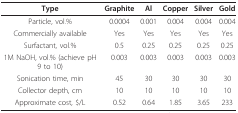
| Type | Graphite | Al | Copper | Silver | Gold |
 | --- | --- | --- | --- | --- | --- |
 | Particle, vol.% | 0.0004 | 0.001 | 0.004 | 0.004 | 0.004 |
 | Commercially available | Yes | Yes | Yes | Yes | Yes |
 | Surfactant, vol.% | 0.5 | 0.25 | 0.25 | 0.25 | 0.25 |
 | 1M NaOH, vol.% (achieve pH 9 to 10) | 0.003 | 0.003 | 0.003 | 0.003 | 0.003 |
 | Sonication time, min | 45 | 30 | 30 | 30 | 30 |
 | Collector depth, cm | 10 | 10 | 10 | 10 | 10 |
 | Approximate cost, $/L | 0.52 | 0.64 | 1.85 | 3.65 | 233 |